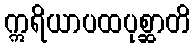
ဣရိယာပထပုစ္ဆာတိ